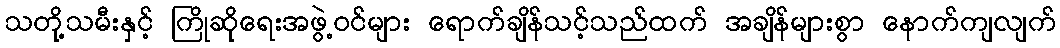
သတို့သမီးနှင့် ကြိုဆိုရေးအဖွဲ့ဝင်များ ရောက်ချိန်သင့်သည်ထက် အချိန်များစွာ နောက်ကျလျက်